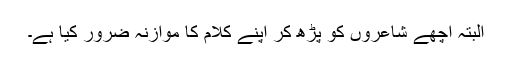
البتہ اچھے شاعروں کو پڑھ کر اپنے کلام کا موازنہ ضرور کِیا ہے۔